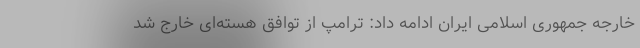
خارجه جمهوری اسلامی ایران ادامه داد: ترامپ از توافق هسته‌ای خارج شد